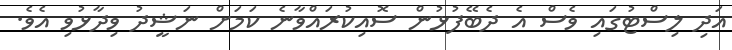
އަދި ލިސްޓުގައި ވެސް އެ ދެބޭފުޅުން ސޮއިކުރައްވާނެ ކަމަށް ނަޝީދު ވިދާޅުވި އެވެ.